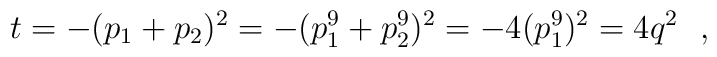
t=-(p_1+p_2)^2=-(p_1^9+p_2^9)^2=-4(p_1^9)^2=4q^2\ \ ,